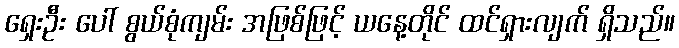
ရှေးဦး ပေါ် စွယ်စုံကျမ်း အဖြစ်ဖြင့် ယနေ့တိုင် ထင်ရှားလျက် ရှိသည်။